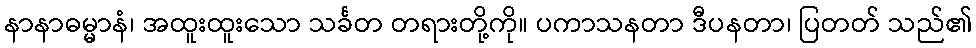
နာနာဓမ္မာနံ၊ အထူးထူးသော သင်္ခတ တရားတို့ကို။ ပကာသနတာ ဒီပနတာ၊ ပြတတ် သည်၏